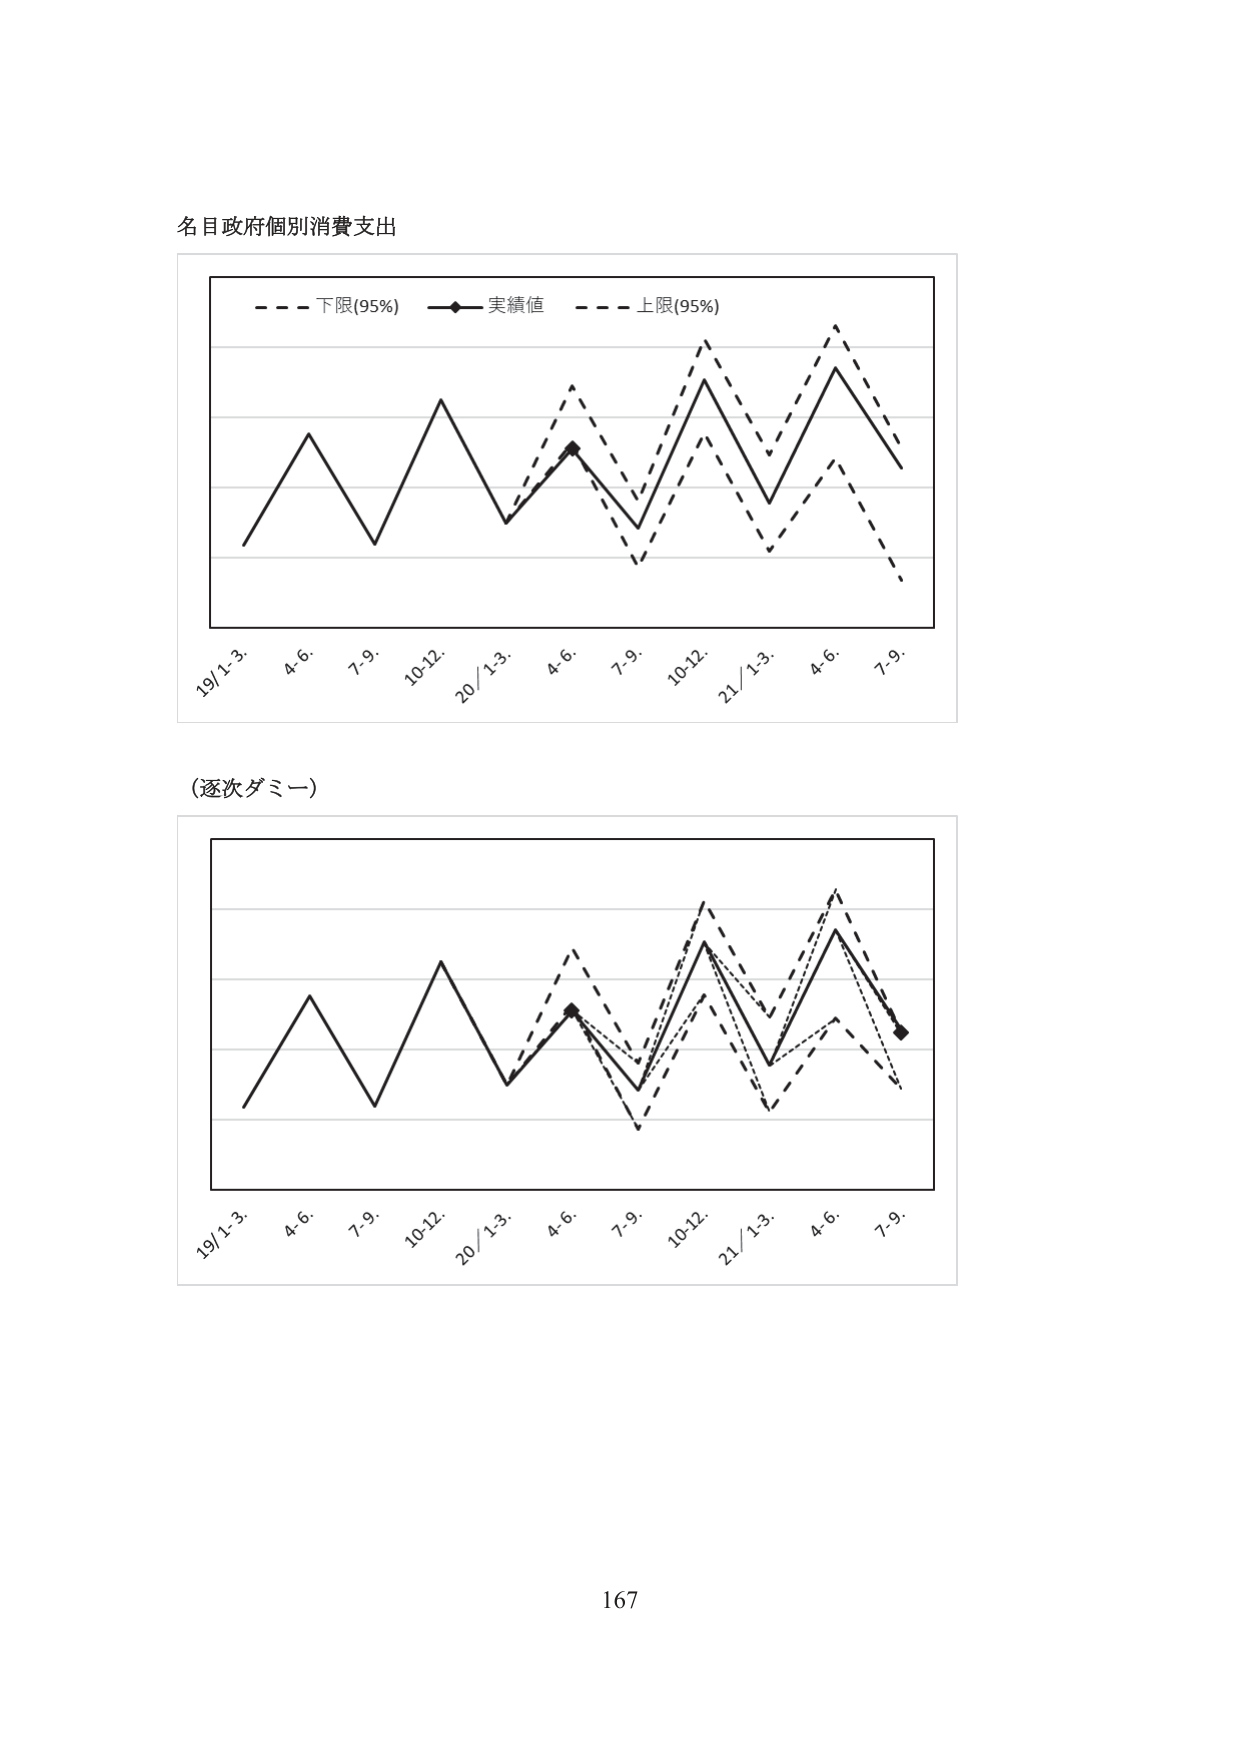
名目政府個別消費支出

- - - 下限(95%) —— 実績値 - - - 上限(95%)

19/1-3. 4-6. 7-9. 10-12. 20/1-3. 4-6. 7-9. 10-12. 21/1-3. 4-6. 7-9.

(逐次ダミー)

19/1-3. 4-6. 7-9. 10-12. 20/1-3. 4-6. 7-9. 10-12. 21/1-3. 4-6. 7-9.

167